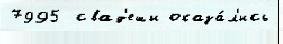
7995  свад'еши оказа́л'ись